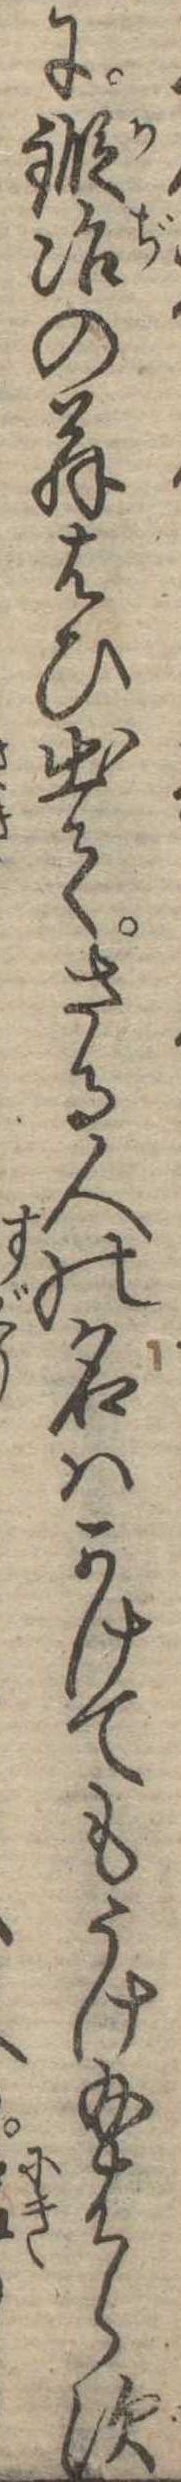
に鍛冶の翁はひ出てさる人の名はかけてもうけ給はらず